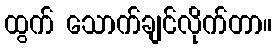
ထွက် သောက်ချင်လိုက်တာ။